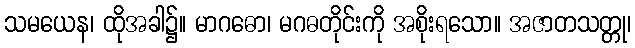
သမယေန၊ ထိုအခါ၌။ မာဂဓော၊ မဂဓတိုင်းကို အစိုးရသော။ အဇာတသတ္တု၊